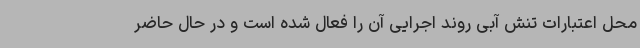
محل اعتبارات تنش آبی روند اجرایی آن را فعال شده است و در حال حاضر